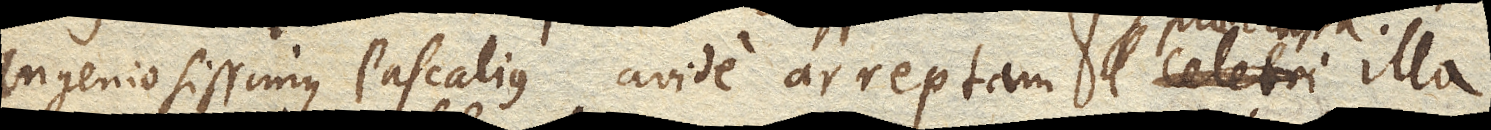
ingeniosissimus Pascalius avide arreptam celebri illa